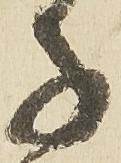
子